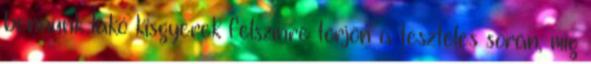
bennünk lakó kisgyerek felszínre törjön a tesztelés során, míg